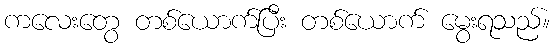
ကလေးတွေ တစ်ယောက်ပြီး တစ်ယောက် မွေးရသည်။